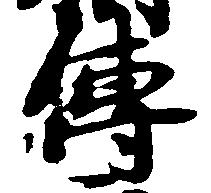
伝